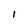
Character: 1